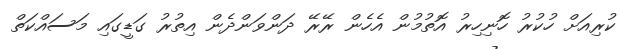
ކުރިއަށް ހުކުރު ހޮނިހިރު އޮތުމުން އެހެން ރޭރޭ ދަންވަންދެން އިތުރު ގަޑީގައި މަސައްކަތް